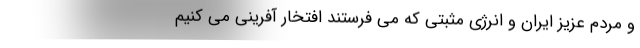
و مردم عزیز ایران و انرژی مثبتی که می فرستند افتخار آفرینی می کنیم